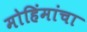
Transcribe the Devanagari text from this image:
मोहिंमांचा